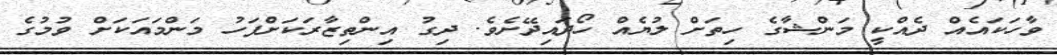
ވާހަކައެއް ދެއްކީ މަންޝާގެ ހިތަށް ލުޔެއް ހޯދައިދޭށެވެ. ދިގު އިންތިޒާރަކަށްފަހު މަންމައަކަށް ވުމުގެ